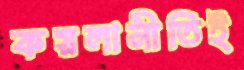
কয়লানীতিই